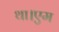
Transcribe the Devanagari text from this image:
था।एम